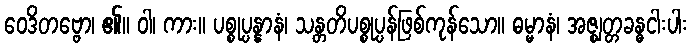
ဝေဒိတဗ္ဗော၊ ၏။ ဝါ၊ ကား။ ပစ္စုပ္ပန္နာနံ၊ သန္တတိပစ္စုပ္ပန်ဖြစ်ကုန်သော။ ဓမ္မာနံ၊ အဇ္ဈတ္တခန္ဓငါးပါး